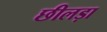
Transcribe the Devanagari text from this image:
छीलड़ा